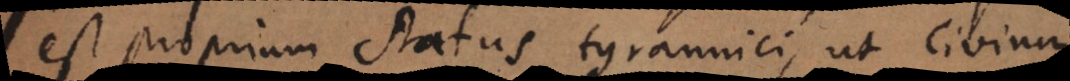
est proprium status tyrannici, ut Civium